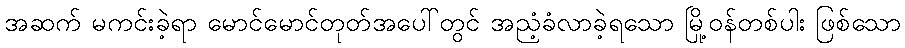
အဆက် မကင်းခဲ့ရာ မောင်မောင်တုတ်အပေါ်တွင် အညံ့ခံလာခဲ့ရသော မြို့ဝန်တစ်ပါး ဖြစ်သော